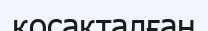
қосақталған